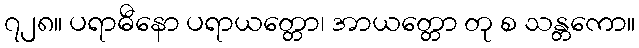
၇၂၈။ ပရာဓီနော ပရာယတ္တော၊ အာယတ္တော တု စ သန္တကော။